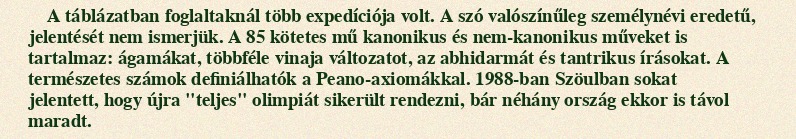
A táblázatban foglaltaknál több expedíciója volt. A szó valószínűleg személynévi eredetű, jelentését nem ismerjük. A 85 kötetes mű kanonikus és nem-kanonikus műveket is tartalmaz: ágamákat, többféle vinaja változatot, az abhidarmát és tantrikus írásokat. A természetes számok definiálhatók a Peano-axiomákkal. 1988-ban Szöulban sokat jelentett, hogy újra "teljes" olimpiát sikerült rendezni, bár néhány ország ekkor is távol maradt.